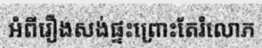
អំពីរឿងសង់ផ្ទះព្រោះតែរំលោភ